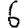
Digit: 6